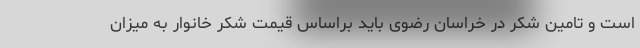
است و تامین شکر در خراسان رضوی باید براساس قیمت شکر خانوار به میزان